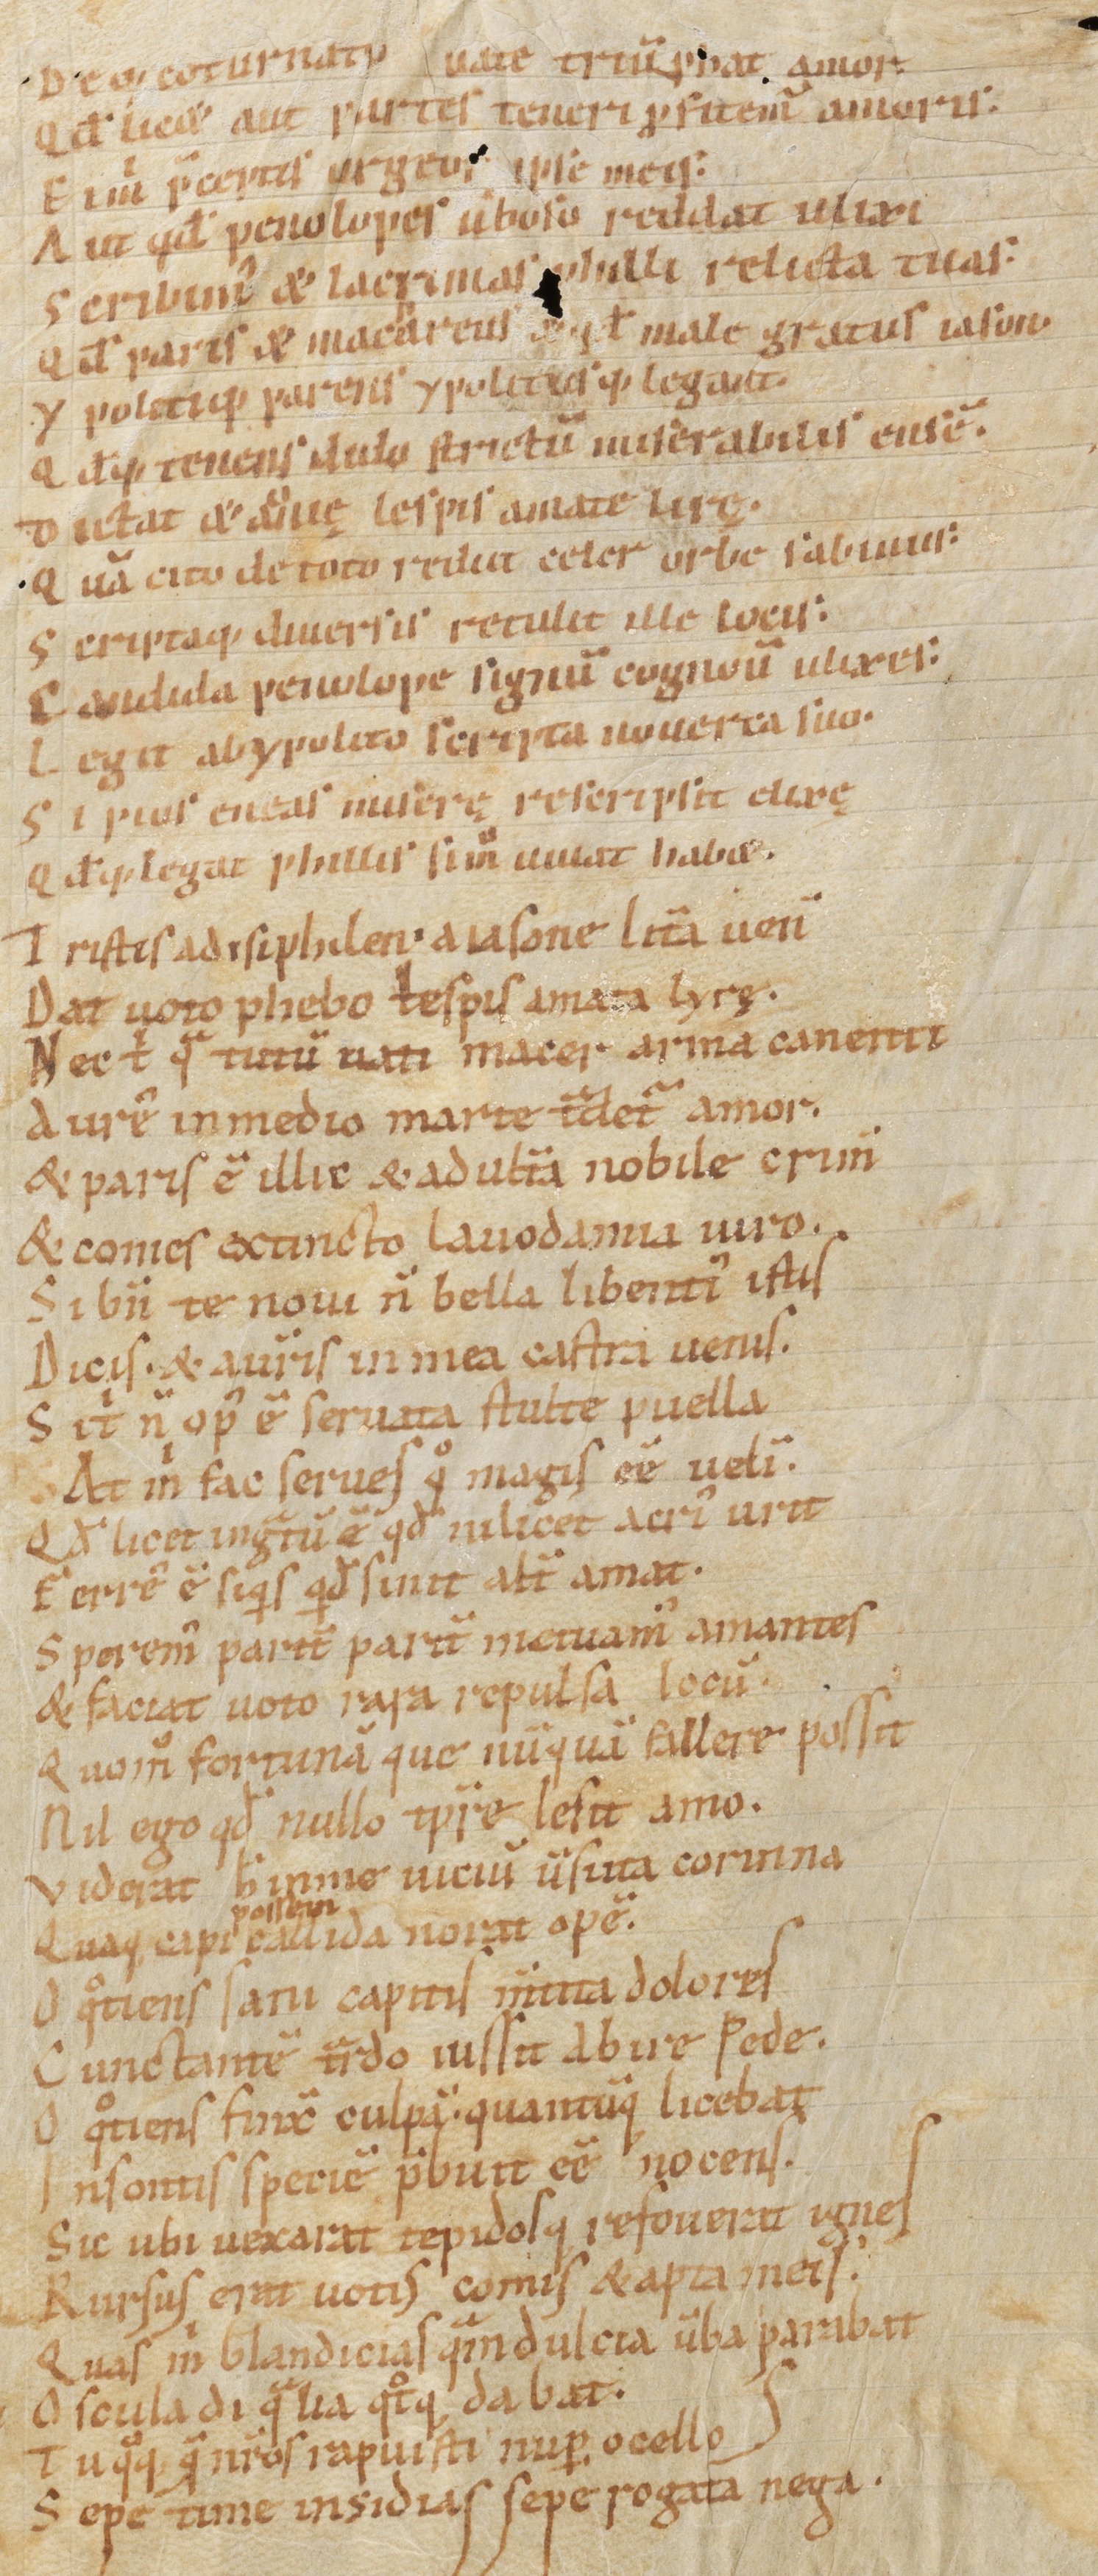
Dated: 1000–1099